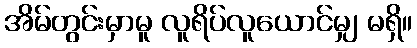
အိမ်တွင်းမှာမူ လူရိပ်လူယောင်မျှ မရှိ။